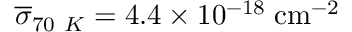
\overline { { \sigma } } _ { 7 0 ~ K } = 4 . 4 \times 1 0 ^ { - 1 8 } \; \mathrm { { c m ^ { - 2 } } }